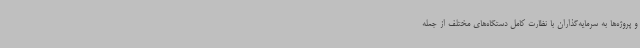
و پروژه‌ها به سرمایه‌گذاران با نظارت کامل دستگاه‌های مختلف از جمله